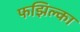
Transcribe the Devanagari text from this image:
फझिल्का